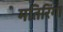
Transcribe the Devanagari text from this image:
मतिरिंगा